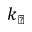
k _ { \perp }